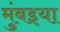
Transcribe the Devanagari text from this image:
मुंबइया